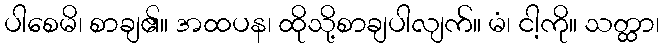
ပါစေမိ၊ စာချ၏။ အထပန၊ ထိုသို့စာချပါလျက်။ မံ၊ ငါ့ကို။ သတ္ထာ၊